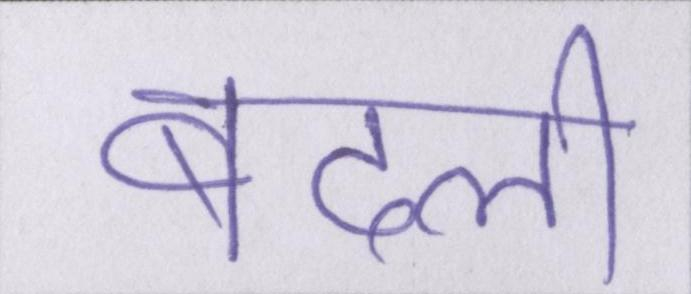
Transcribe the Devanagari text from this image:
बदली